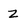
Character: z